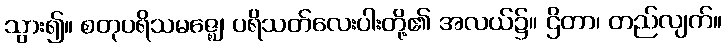
သွား၍။ စတုပရိသမဇ္ဈေ၊ ပရိသတ်လေးပါးတို့၏ အလယ်၌။ ဌိတာ၊ တည်လျက်။